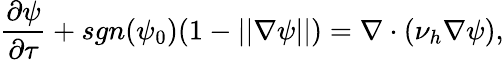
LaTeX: \frac{\partial\psi}{\partial\tau}+sgn(\psi_{0})(1-||\nabla\psi||)=\nabla\cdot(\nu_{h}\nabla\psi),